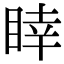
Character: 䁄